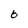
Character: b